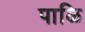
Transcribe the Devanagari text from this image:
पाळि